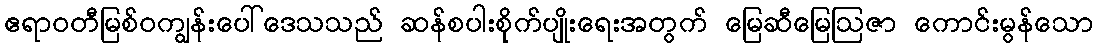
ဧရာဝတီမြစ်ဝကျွန်းပေါ်ဒေသသည် ဆန်စပါးစိုက်ပျိုးရေးအတွက် မြေဆီမြေဩဇာ ကောင်းမွန်သော